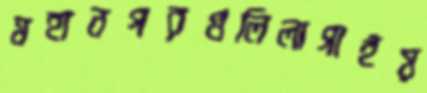
মহানগরগুলিলাগাইয়